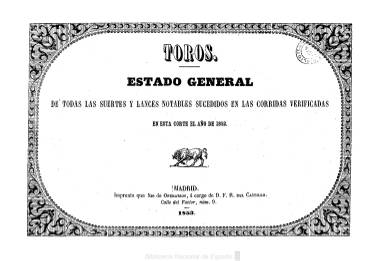
Título: Estado general de todas las suertes de las corridas de toros verificadas en esta Corte
Otros títulos: Toros, estado general de todas las suertes y lances notables sucedidos en las corridas verificadas en esta Corte || Estado general de todas las suertes ejecutadas en las corridas de toros que se han celebrado en esta Corte || Estado general de todas las suertes ejecutadas en las corridas de toros que se han celebrado en Madrid
Colección: Toros
Ámbito geográfico: Madrid
Lugar de publicación: Madrid
Fechas: 01/01/1852-31/12/1871

Publicación anual que, bajo este título encabezado con el epígrafe Toros, recoge resumidas y descritas todas las corridas que se celebran en Madrid en cada temporada taurina, que generalmente va desde finales de marzo o principios de abril hasta finales de octubre de cada año. Son resúmenes parciales y otros generales en los que quedan especificadas las fechas de cada festejo, el número de reses lidiadas, sus nombres, el de sus dueños, ganaderos o divisas y el de los matadores, además de las circunstancias que se consideran notables, como las suertes de varas y de matar, pases de muletas, banderillas puestas, estocadas, nombres de los presidentes de cada festejo, color de los trajes de los diestros, toros que saltaron la barrera, caballos muertos y otras varias observaciones.

Su formato es apaisado o prolongado, con algún grabado, y es publicado por los propietarios de los semanarios madrileños dedicados a la tauromaquia y loterías El enano (1851-1858) y por su continuador, el Boletín de loterías y toros (1858-1885), cuyas colecciones pueden ser consultadas también en la Hemeroteca Digital de la Biblioteca Nacional de España. La colección del anuario contiene el correspondiente al año 1852 y publicado en 1853 (de ocho páginas), y los de los años 1864 (38 páginas) y 1865 (24 páginas), con pie de imprenta de estos respectivos años. Se conoce también la edición del publicado para los años 1853 y 1854, impreso este año y de dieciséis páginas. También existen los de los años 1866 a 1871, mecanografiados por Luis de Videgaín, que los transcribió tal como fueron sus originales.